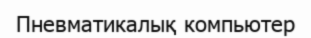
Пневматикалық компьютер